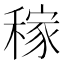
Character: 稼